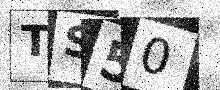
Text: TS50